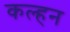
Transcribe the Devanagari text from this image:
कल्हन